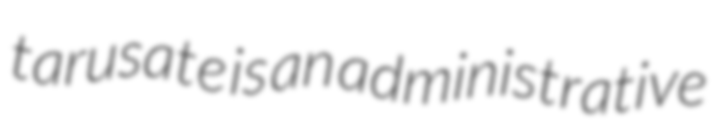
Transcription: tarusate is an administrative